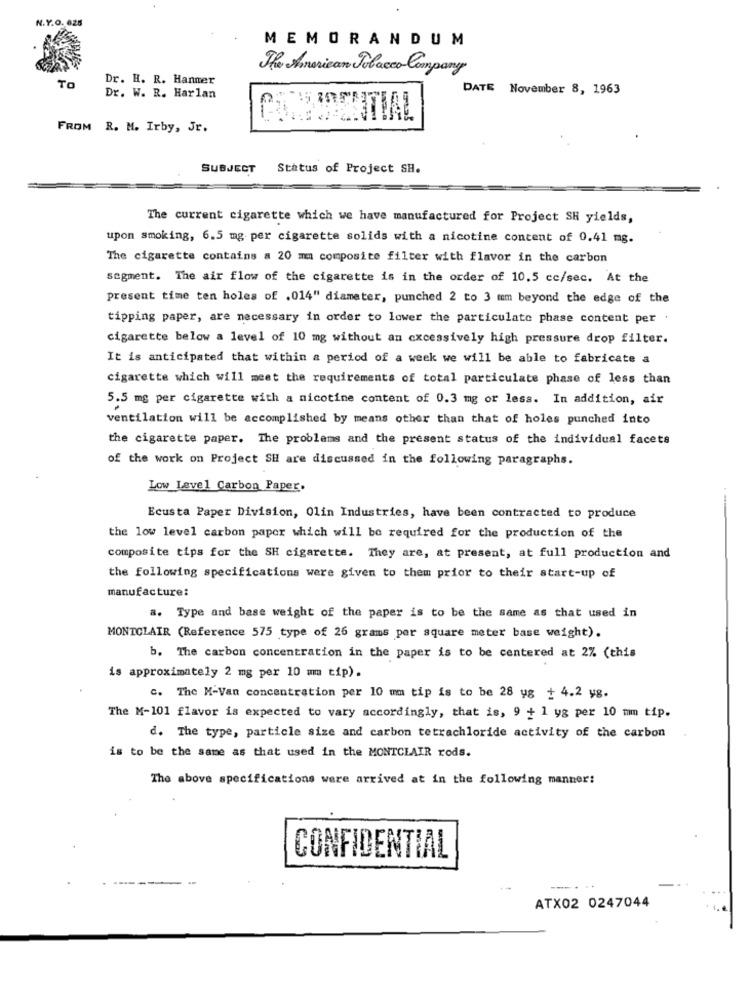
N.Y.O. 625
MEMORANDUM
The American Polacco Company
Dr. H. R. Hanner
TO
Dr. W. R. Harlan
DATE November 8, 1963
FROM R. M. Irby, Jr.
SUBJECT
Status of Project SH.
The current cigarette which we have manufactured for Project SH yields,
upon smoking, 6.5 mg per cigarette solids with a nicotine content of 0.41 mg.
The cigarette contains a 20 mm composite filter with flavor in the carbon
segment. The air flow of the cigarette is in the order of 10,5 cc/sec. At the
present time ten holes of .014" diameter, punched 2 to 3 mm beyond the edge of the
tipping paper, are necessary in order to lower the particulate phase content per .
cigarette below a level of 10 mg without an excessively high pressure drop filter.
It is anticipated that within a period of a week we will be able to fabricate a
cigarette which will meet the requirements of total particulate phase of less than
5.5 mg per cigarette with a nicotine content of 0.3 mg or less. In addition, air
ventilation will be accomplished by means other than that of holes punched into
the cigarette paper. The problems and the present status of the individual facets
of the work on Project SH are discussed in the following paragraphs.
Low Level Carbon Paper.
Ecusta Paper Division, Olin Industries, have been contracted to produce
the low level carbon paper which will be required for the production of the
composite tips for the SH cigarette. They are, at present, at full production and
the following specifications were given to them prior to their start-up of
manufacture:
a. Type and base weight of the paper is to be the same as that used in
MONTCLAIR (Reference 575 type of 26 grams per square meter base weight).
b. The carbon concentration in the paper is to be centered at 2% (this
is approximately 2 mg per 10 um tip).
c. The M-Van concentration per 10 mm tip is to be 28 ug + 4.2 yg.
The M-101 flavor is expected to vary accordingly, that is, 9 + 1 ya per 10 mm tip.
d. The type, particle size and carbon tetrachloride activity of the carbon
is to be the same as that used in the MONTCLAIR rods.
The above specifications were arrived at in the following manner:
CONFIDENTIAL
--
ATX02 0247044